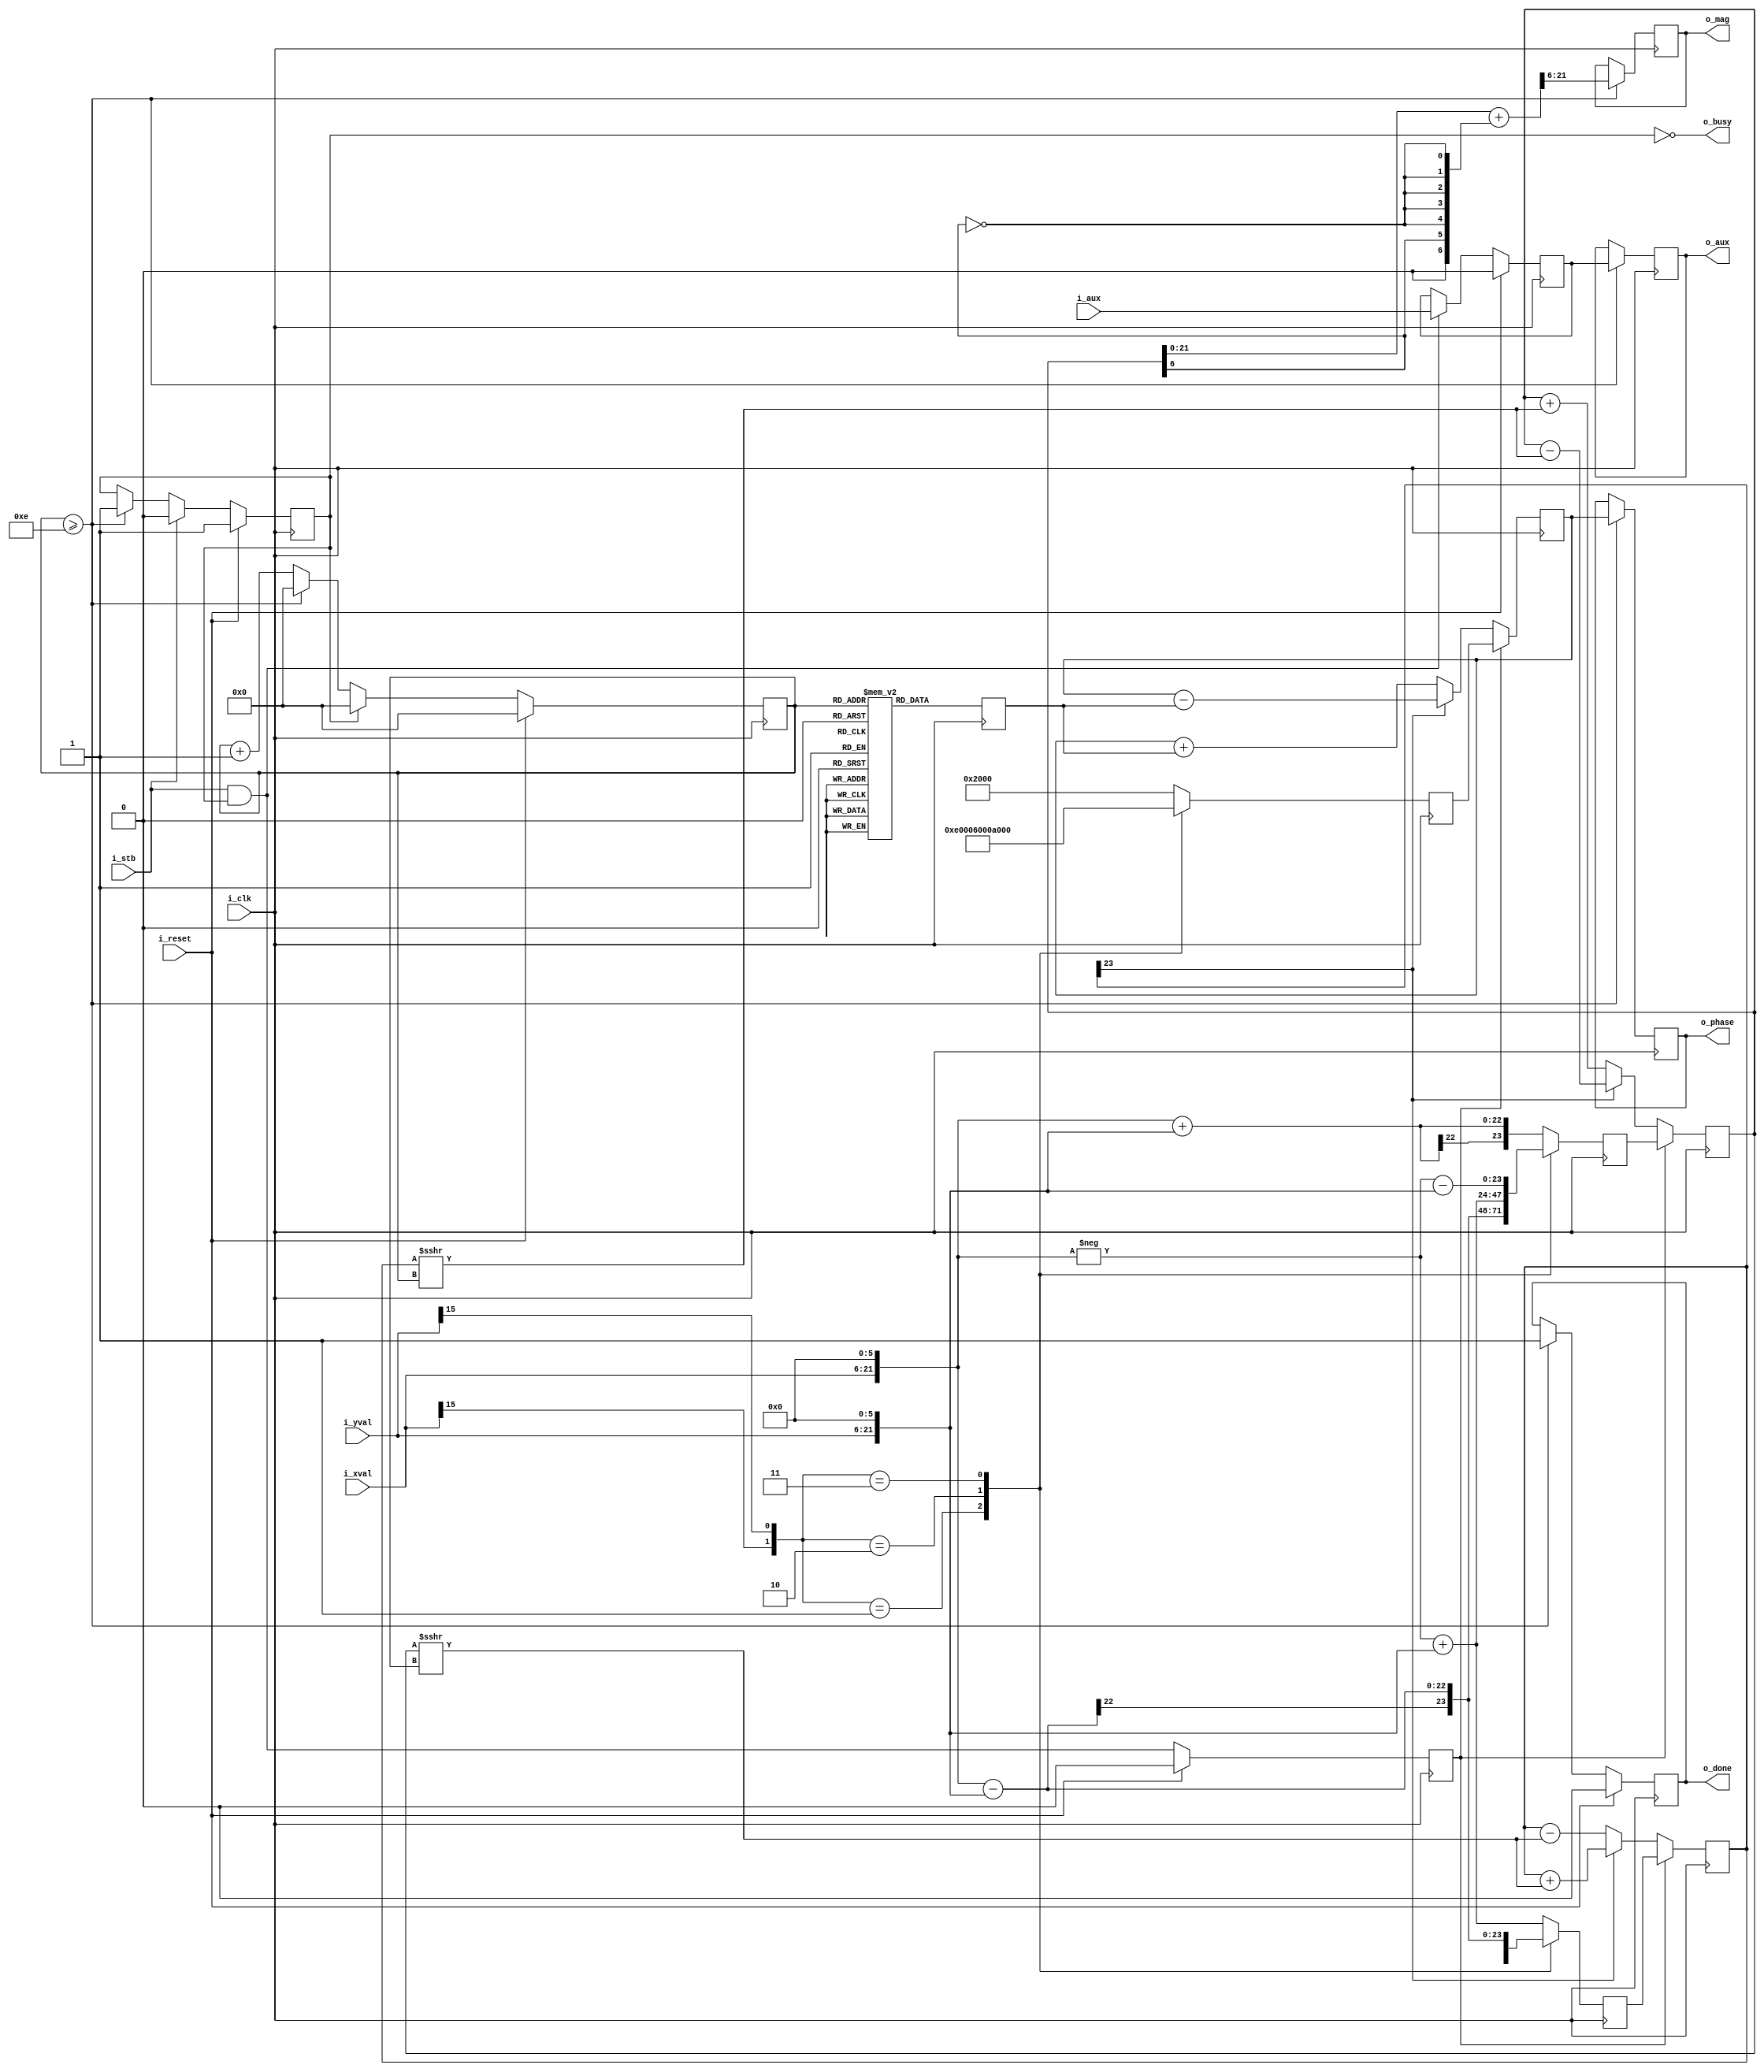
////////////////////////////////////////////////////////////////////////////////
//
// {{{
// Project: A series of CORDIC related projects
//
// Purpose: This is a rectangular to polar conversion routine based upon an
//  internal CORDIC implementation.  Basically, the input is
// provided in i_xval and i_yval.  The internal CORDIC rotator will rotate
// (i_xval, i_yval) until i_yval is approximately zero.  The resulting
// xvalue and phase will be placed into o_xval and o_phase respectively.
//
// This particular version of the polar to rectangular CORDIC converter
// converter processes a somple one at a time.  It is completely
// sequential, not parallel at all.
//
//
// This core was generated via a core generator using the following command
// line:
//
//  ./gencordic -vca -f ../rtl/cordic_rect_to_polar.v -v -i 16 -o 16 -p 16 -t sr2p -x 2 -c
//
// Creator: Dan Gisselquist, Ph.D.
//  Gisselquist Technology, LLC
//
////////////////////////////////////////////////////////////////////////////////
// }}}
// Copyright (C) 2017-2021, Gisselquist Technology, LLC
// {{{
// This file is part of the CORDIC related project set.
//
// The CORDIC related project set is free software (firmware): you can
// redistribute it and/or modify it under the terms of the GNU Lesser General
// Public License as published by the Free Software Foundation, either version
// 3 of the License, or (at your option) any later version.
//
// The CORDIC related project set is distributed in the hope that it will be
// useful, but WITHOUT ANY WARRANTY; without even the implied warranty of
// MERCHANTIBILITY or FITNESS FOR A PARTICULAR PURPOSE.  See the GNU Lesser
// General Public License for more details.
//
// You should have received a copy of the GNU Lesser General Public License
// along with this program.  (It's in the $(ROOT)/doc directory.  Run make
// with no target there if the PDF file isn't present.)  If not, see
// License: LGPL, v3, as defined and found on www.gnu.org,
//  http://www.gnu.org/licenses/lgpl.html
//
////////////////////////////////////////////////////////////////////////////////
//
// }}}
module cordic_rect_to_polar #(
    // {{{
    parameter IW=16,    // The number of bits in our inputs
    parameter OW=16,    // The number of output bits to produce
                        // NSTAGES=13,
                        // XTRA= 4,// Extra bits for internal precision
    parameter WW=24,    // Our working bit-width
    parameter PW=16     // Bits in our phase variables
    // }}}
) (
    // {{{
    input wire    i_clk, i_reset, i_stb,
    input wire signed [(IW-1):0] i_xval, i_yval,
    input wire    i_aux,
    output wire    o_busy,
    output reg    o_done,
    output reg signed [(OW-1):0] o_mag,
    output reg  [(PW-1):0] o_phase,
    output reg    o_aux
    // }}}
);

    // First step: expand our input to our working width.
    // {{{
    // This is going to involve extending our input by one
    // (or more) bits in addition to adding any xtra bits on
    // bits on the right.  The one bit extra on the left is to
    // allow for any accumulation due to the cordic gain
    // within the algorithm.
    // 
    wire signed [(WW-1):0] e_xval, e_yval;
    assign e_xval = { {(2){i_xval[(IW-1)]}}, i_xval, {(WW-IW-2){1'b0}} };
    assign e_yval = { {(2){i_yval[(IW-1)]}}, i_yval, {(WW-IW-2){1'b0}} };

    // }}}
    // Declare variables for all of the separate stages
    // {{{
    reg signed [(WW-1):0] xv, yv, prex, prey;
    reg  [(PW-1):0] ph, preph;

    reg  aux;
    reg  idle, pre_valid;
    reg [3:0] state;

    wire  last_state;
    // }}}

    //
    // Handle the auxilliary logic.
    // {{{
    // The auxilliary bit is designed so that you can place a valid bit into
    // the CORDIC function, and see when it comes out.  While the bit is
    // allowed to be anything, the requirement of this bit is that it *must*
    // be aligned with the output when done.  That is, if i_xval and i_yval
    // are input together with i_aux, then when o_xval and o_yval are set
    // to this value, o_aux *must* contain the value that was in i_aux.
    //
    initial aux = 0;
    always @(posedge i_clk) begin
        if (i_reset)
            aux <= 0;
        else if ((i_stb)&&(!o_busy))
            aux <= i_aux;
    end
    // }}}

    // First stage, map to within +/- 45 degrees
    // {{{
    always @(posedge i_clk) begin
        case ({i_xval[IW-1], i_yval[IW-1]})
            2'b01: begin // Rotate by -315 degrees
                // {{{
                prex <=  e_xval - e_yval;
                prey <=  e_xval + e_yval;
                preph <= 16'he000;
            end
                // }}}
            2'b10: begin // Rotate by -135 degrees
                // {{{
                prex <= -e_xval + e_yval;
                prey <= -e_xval - e_yval;
                preph <= 16'h6000;
            end
                // }}}
            2'b11: begin // Rotate by -225 degrees
                // {{{
                prex <= -e_xval - e_yval;
                prey <=  e_xval - e_yval;
                preph <= 16'ha000;
            end
                // }}}
            // 2'b00:
            default: begin // Rotate by -45 degrees
                // {{{
                prex <=  e_xval + e_yval;
                prey <= -e_xval + e_yval;
                preph <= 16'h2000;
            end
            // }}}
        endcase
    end
    // }}}

    // Cordic angle table
    // {{{
    // In many ways, the key to this whole algorithm lies in the angles
    // necessary to do this.  These angles are also our basic reason for
    // building this CORDIC in C++: Verilog just can't parameterize this
    // much.  Further, these angle's risk becoming unsupportable magic
    // numbers, hence we define these and set them in C++, based upon
    // the needs of our problem, specifically the number of stages and
    // the number of bits required in our phase accumulator
    //
    reg [15:0] cordic_angle [0:15];
    reg [15:0] cangle;

    initial cordic_angle[ 0] = 16'h12e4; //  26.565051 deg
    initial cordic_angle[ 1] = 16'h09fb; //  14.036243 deg
    initial cordic_angle[ 2] = 16'h0511; //   7.125016 deg
    initial cordic_angle[ 3] = 16'h028b; //   3.576334 deg
    initial cordic_angle[ 4] = 16'h0145; //   1.789911 deg
    initial cordic_angle[ 5] = 16'h00a2; //   0.895174 deg
    initial cordic_angle[ 6] = 16'h0051; //   0.447614 deg
    initial cordic_angle[ 7] = 16'h0028; //   0.223811 deg
    initial cordic_angle[ 8] = 16'h0014; //   0.111906 deg
    initial cordic_angle[ 9] = 16'h000a; //   0.055953 deg
    initial cordic_angle[10] = 16'h0005; //   0.027976 deg
    initial cordic_angle[11] = 16'h0002; //   0.013988 deg
    initial cordic_angle[12] = 16'h0001; //   0.006994 deg
    initial cordic_angle[13] = 16'h0000; //   0.003497 deg
    initial cordic_angle[14] = 16'h0000; //   0.001749 deg
    initial cordic_angle[15] = 16'h0000; //   0.000874 deg
    // {{{
    // Std-Dev    : 0.00 (Units)
    // Phase Quantization: 0.000183 (Radians)
    // Gain is 1.646760
    // You can annihilate this gain by multiplying by 32'h9b74edae
    // and right shifting by 32 bits.
    // }}}
    // }}}

    assign last_state = (state >= 14);

    // idle
    // {{{
    initial idle = 1'b1;
    always @(posedge i_clk) begin
        if (i_reset)
            idle <= 1'b1;
        else if (i_stb)
            idle <= 1'b0;
        else if (last_state)
            idle <= 1'b1;
    end
    // }}}
    // pre_valid
    // {{{
    initial pre_valid = 1'b0;
    always @(posedge i_clk) begin
        if (i_reset)
            pre_valid <= 1'b0;
        else
            pre_valid <= (i_stb)&&(idle);
    end
    // }}}

    // state
    // {{{
    initial state = 0;
    always @(posedge i_clk) begin
        if (i_reset)
            state <= 0;
        else if (idle)
            state <= 0;
        else if (last_state)
            state <= 0;
        else
            state <= state + 1;
    end
    // }}}
    // cangle -- table lookup
    // {{{
    always @(posedge i_clk) begin
        cangle <= cordic_angle[state[3:0]];
    end
    // }}}
    // Actual CORDIC rotation
    // {{{
    // Here's where we are going to put the actual CORDIC
    // rectangular to polar loop.  Everything up to this
    // point has simply been necessary preliminaries.
    always @(posedge i_clk) begin
        if (pre_valid) begin
            // {{{
            xv <= prex;
            yv <= prey;
            ph <= preph;
            // }}}
        end
        else if (yv[(WW-1)]) begin // Below the axis
            // {{{
            // If the vector is below the x-axis, rotate by
            // the CORDIC angle in a positive direction.
            xv <= xv - (yv>>>state);
            yv <= yv + (xv>>>state);
            ph <= ph - cangle;
            // }}}
        end
        else begin
            // {{{
            // On the other hand, if the vector is above the
            // x-axis, then rotate in the other direction
            xv <= xv + (yv>>>state);
            yv <= yv - (xv>>>state);
            ph <= ph + cangle;
            // }}}
        end
    end
    // }}}

    // o_done
    // {{{
    always @(posedge i_clk) begin
        if (i_reset)
            o_done <= 1'b0;
        else if (last_state)
            o_done <= 1'b1;
    end
    // }}}
    // Round our magnitude towards even
    // {{{
    wire [(WW-1):0] final_mag;

    /*assign final_mag = xv + $signed({{(OW){1'b0}},
                xv[(WW-OW)],
                {(WW-OW-1){!xv[WW-OW]}} });*/
    assign final_mag = xv + $signed({{(OW){1'b0}},
                xv[(WW-OW-2)],
                {(WW-OW-3){!xv[WW-OW-2]}} });
    // }}}

    // Output assignments: o_mag, o_phase, and o_aux
    // {{{
    initial o_aux = 0;
    always @(posedge i_clk) begin
        if (last_state) begin
            //o_mag   <= final_mag[(WW-1):(WW-OW)];
            o_mag   <= final_mag[(WW-3):(WW-OW-2)];
            o_phase <= ph;
            o_aux   <= aux;
        end
    end
    // }}}
    assign o_busy = !idle;

    // Make Verilator happy with pre_.val
    // {{{
    // verilator lint_off UNUSED
    wire unused_val;
    //assign unused_val = &{ 1'b0, final_mag[WW-1], final_mag[(WW-OW-1):0] };
    assign unused_val = &{ 1'b0, final_mag[WW-1:WW-2], final_mag[(WW-OW-3):0] };
    // verilator lint_on UNUSED
    // }}}
endmodule